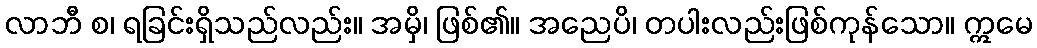
လာဘီ စ၊ ရခြင်းရှိသည်လည်း။ အမှိ၊ ဖြစ်၏။ အညေပိ၊ တပါးလည်းဖြစ်ကုန်သော။ ဣမေ